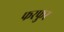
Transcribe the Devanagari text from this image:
फरफुर